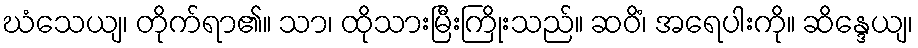
ဃံသေယျ၊ တိုက်ရာ၏။ သာ၊ ထိုသားမြီးကြိုးသည်။ ဆဝိံ၊ အရေပါးကို။ ဆိန္ဒေယျ၊